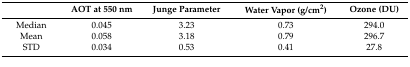
|  | AOT at 550 nm | Junge Parameter | Water Vapor (g/cm2) | Ozone (DU) |
 | --- | --- | --- | --- | --- |
 | Median | 0.045 | 3.23 | 0.73 | 294.0 |
 | Mean | 0.058 | 3.18 | 0.79 | 296.7 |
 | STD | 0.034 | 0.53 | 0.41 | 27.8 |